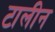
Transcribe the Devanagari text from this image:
टालीन